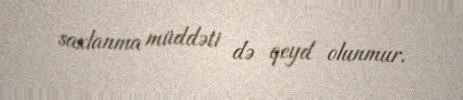
saxlanma müddəti də qeyd olunmur.